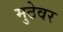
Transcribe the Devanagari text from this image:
मुठेवर